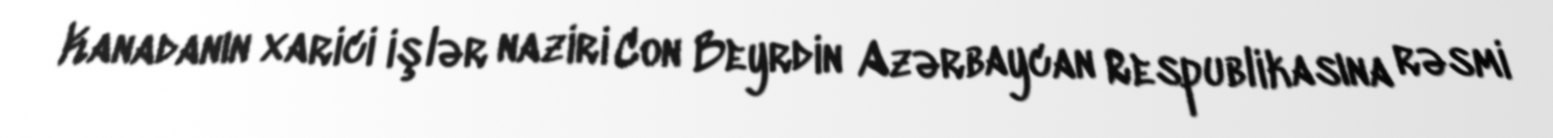
Kanadanın xarici işlər naziri Con Beyrdin Azərbaycan Respublikasına rəsmi